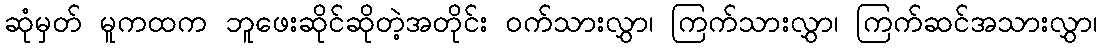
ဆုံမှတ် မူကထက ဘူဖေးဆိုင်ဆိုတဲ့အတိုင်း ဝက်သားလွှာ၊ ကြက်သားလွှာ၊ ကြက်ဆင်အသားလွှာ၊